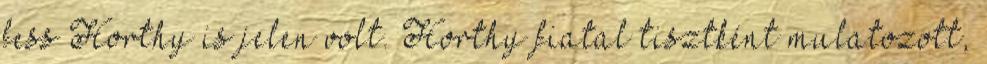
fess Horthy is jelen volt. Horthy fiatal tisztként mulatozott,